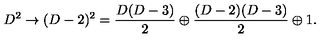
D ^ { 2 } \rightarrow ( D - 2 ) ^ { 2 } = { \frac { D ( D - 3 ) } { 2 } } \oplus { \frac { ( D - 2 ) ( D - 3 ) } { 2 } } \oplus 1 .